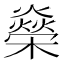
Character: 𬄾